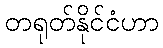
တရုတ်နိုင်ငံဟာ